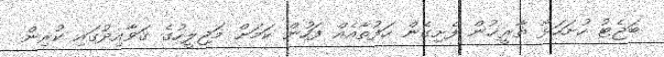
ބަޖެޓު ހުށަހަޅާ ތާރީޚުން ފެށިގެން ހަފުތާއެއް ފަހުން ކަމަށް މަޖިލީހުގެ ގަވާއިދުގައި ކުރިން